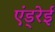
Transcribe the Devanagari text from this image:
एंड्रेई